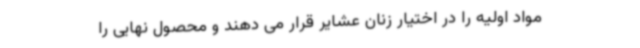
مواد اولیه را در اختیار زنان عشایر قرار می دهند و محصول نهایی را